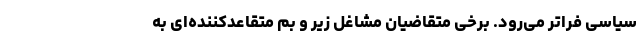
سیاسی فراتر می‌رود. برخی متقاضیان مشاغلْ زیر و بم متقاعدکننده‌ای به